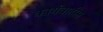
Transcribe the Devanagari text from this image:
कार्यवाहीस